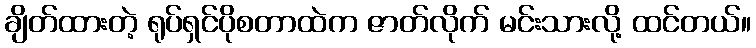
ချိတ်ထားတဲ့ ရုပ်ရှင်ပိုစတာထဲက ဇာတ်လိုက် မင်းသားလို့ ထင်တယ်။